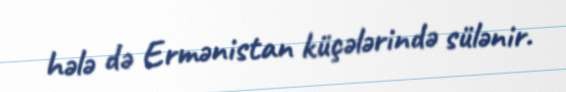
hələ də Ermənistan küçələrində sülənir.